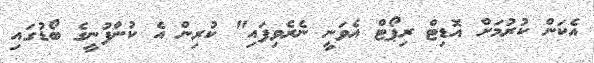
އެކަން ކުރުމަށް އޮޑިޓް ރިޕޯޓް އެވަނީ ނެރެވިފައި" ކުރިން އެ ކުންފުނީގެ ބޯޑުގައި